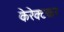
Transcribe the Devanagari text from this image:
केरेक्टकर